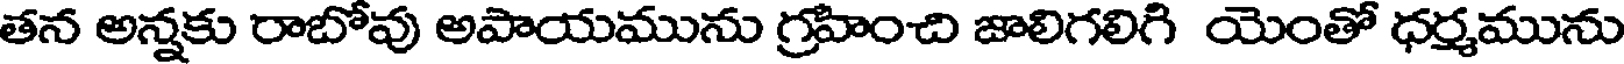
తన అన్నకు రాబోవు అపాయమును గ్రహించి జాలిగలిగి యెంతో ధర్మమును